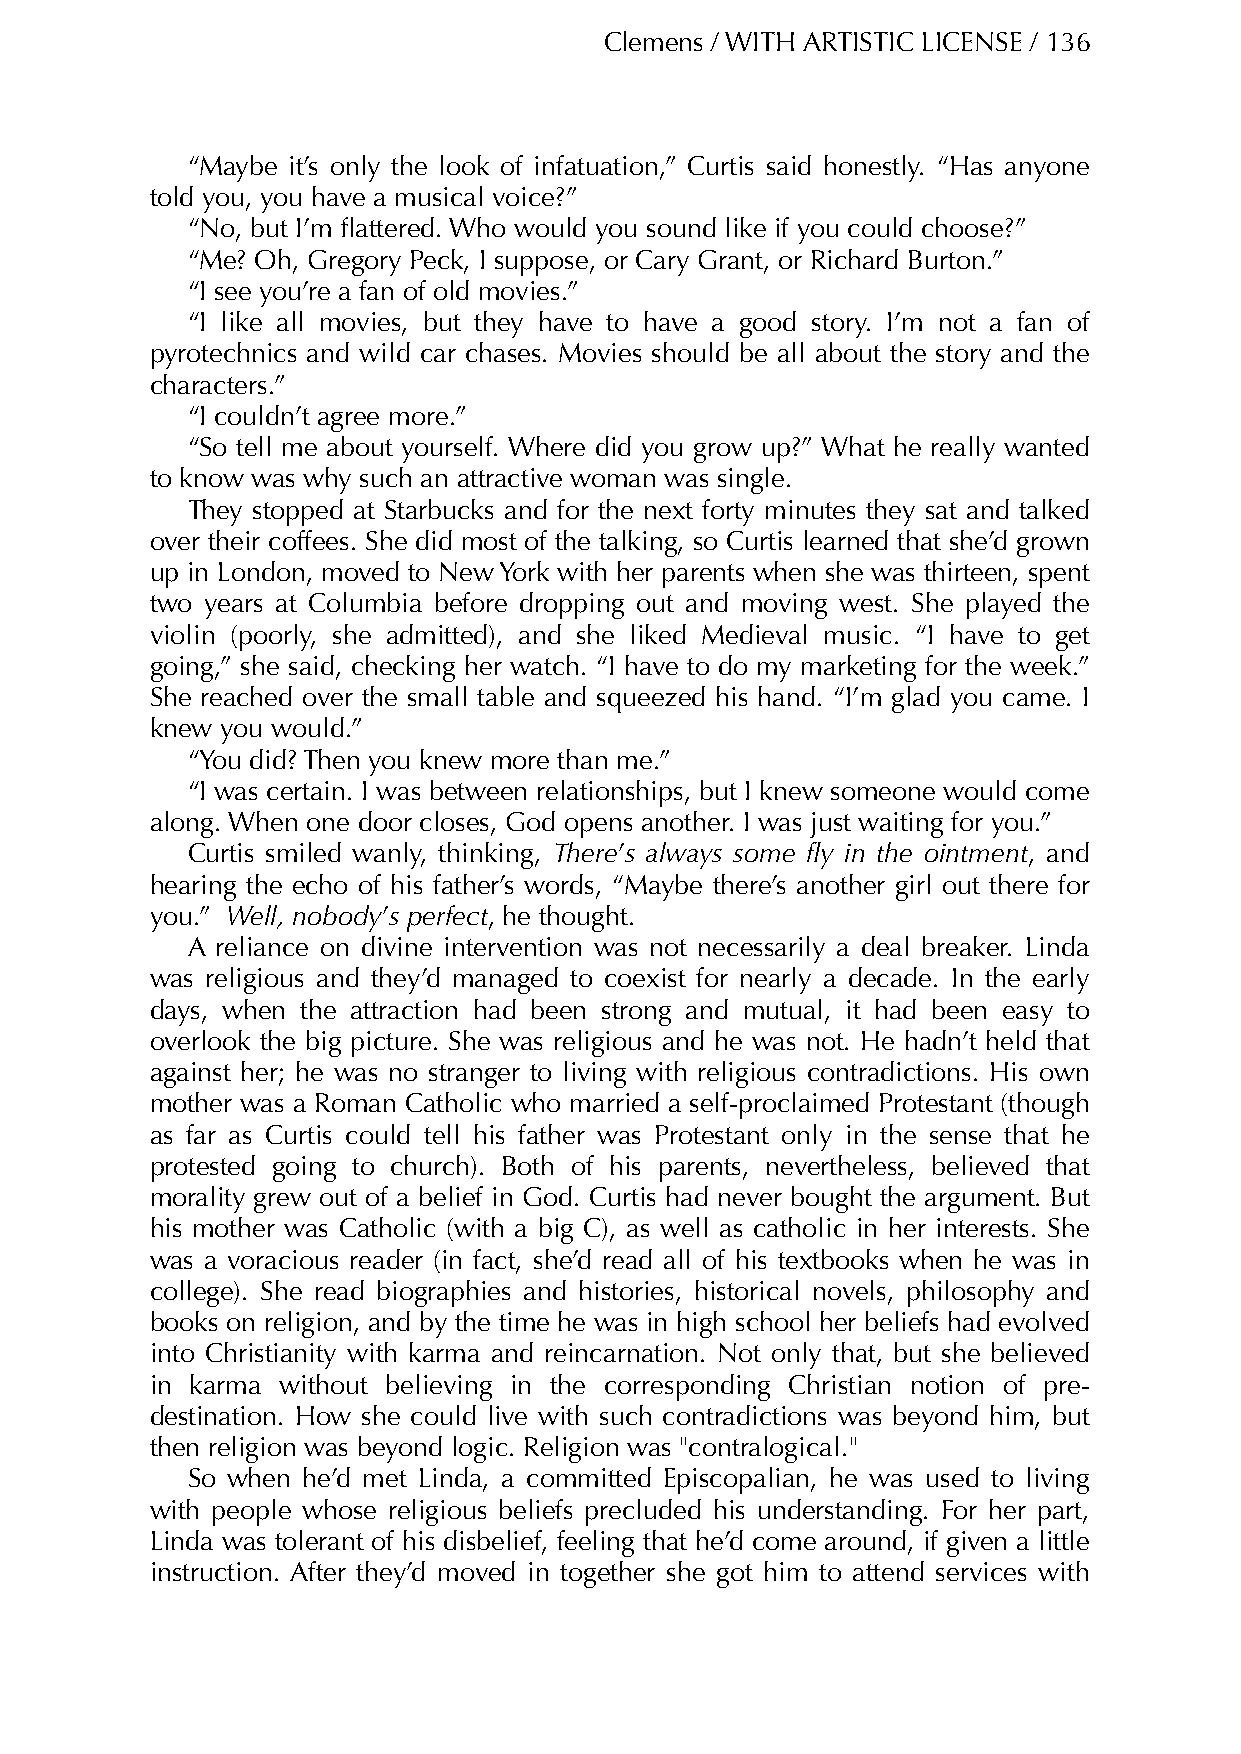
Clemens / WITH ARTISTIC LICENSE / 136
 “Maybe it’s only the look of infatuation,” Curtis said honestly. “Has anyone
 told you, you have a musical voice?”
 “No, but I’m flattered. Who would you sound like if you could choose?”
 “Me? Oh, Gregory Peck, I suppose, or Cary Grant, or Richard Burton.”
 “I see you’re a fan of old movies.”
 “I like all movies, but they have to have a good story. I’m not a fan of
 pyrotechnics and wild car chases. Movies should be all about the story and the
 characters.”
 “I couldn’t agree more.”
 “So tell me about yourself. Where did you grow up?” What he really wanted
 to know was why such an attractive woman was single.
 They stopped at Starbucks and for the next forty minutes they sat and talked
 over their coffees. She did most of the talking, so Curtis learned that she’d grown
 up in London, moved to New York with her parents when she was thirteen, spent
 two years at Columbia before dropping out and moving west. She played the
 violin (poorly, she admitted), and she liked Medieval music. “I have to get
 going,” she said, checking her watch. “I have to do my marketing for the week.”
 She reached over the small table and squeezed his hand. “I’m glad you came. I
 knew you would.”
 “You did? Then you knew more than me.”
 “I was certain. I was between relationships, but I knew someone would come
 along. When one door closes, God opens another. I was just waiting for you.”
 Curtis smiled wanly, thinking, There’s always some fly in the ointment, and
 hearing the echo of his father’s words, “Maybe there’s another girl out there for
 you.” Well, nobody’s perfect, he thought.
 A reliance on divine intervention was not necessarily a deal breaker. Linda
 was religious and they’d managed to coexist for nearly a decade. In the early
 days, when the attraction had been strong and mutual, it had been easy to
 overlook the big picture. She was religious and he was not. He hadn’t held that
 against her; he was no stranger to living with religious contradictions. His own
 mother was a Roman Catholic who married a self-proclaimed Protestant (though
 as far as Curtis could tell his father was Protestant only in the sense that he
 protested going to church). Both of his parents, nevertheless, believed that
 morality grew out of a belief in God. Curtis had never bought the argument. But
 his mother was Catholic (with a big C), as well as catholic in her interests. She
 was a voracious reader (in fact, she’d read all of his textbooks when he was in
 college). She read biographies and histories, historical novels, philosophy and
 books on religion, and by the time he was in high school her beliefs had evolved
 into Christianity with karma and reincarnation. Not only that, but she believed
 in karma without believing in the corresponding Christian notion of pre-
 destination. How she could live with such contradictions was beyond him, but
 then religion was beyond logic. Religion was "contralogical."
 So when he’d met Linda, a committed Episcopalian, he was used to living
 with people whose religious beliefs precluded his understanding. For her part,
 Linda was tolerant of his disbelief, feeling that he’d come around, if given a little
 instruction. After they’d moved in together she got him to attend services with